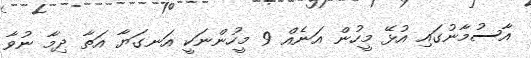
އާސުމާނުގައި އުޅޭ މީހުން އަނެއް 9 މީހުންނަކީ އަނގަޔާ އަތާ ދިމާ ނުވާ